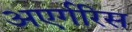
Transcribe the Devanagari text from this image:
अएर्गरिस